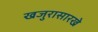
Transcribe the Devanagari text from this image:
खजुरासारखे